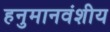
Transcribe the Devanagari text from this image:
हनुमानवंशीय